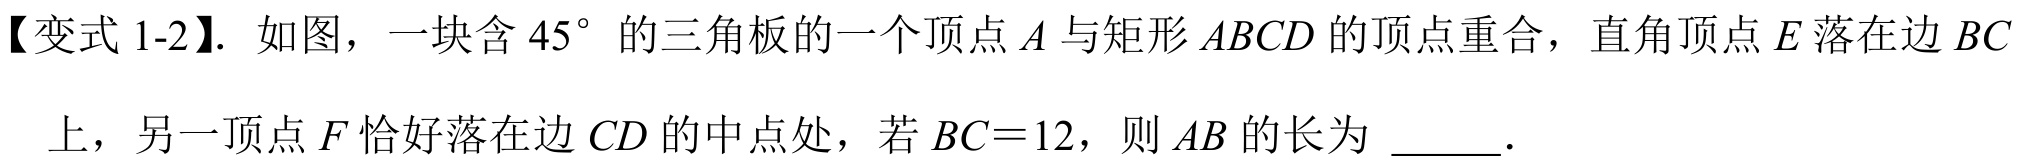
【变式 1-2】. 如图，一块含$45^{\circ}$的三角板的一个顶点$A$与矩形$ABCD$的顶点重合，直角顶点$E$落在边$BC$
上，另一顶点$F$恰好落在边$CD$的中点处，若$BC = 12$，则$AB$的长为 _____.